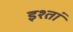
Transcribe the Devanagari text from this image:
इश्तां